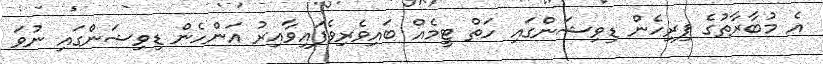
އެ މުބާރާތުގެ ފިރިހެން ޑިވިޝަންގައި ހަތް ޓީމެއް ބައިވެރިވެފައިވާއިރު އަންހެން ޑިވިޝަންގައި ނުވަ